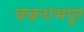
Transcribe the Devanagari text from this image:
वज्रनाभपुर